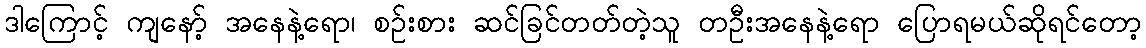
ဒါကြောင့် ကျနော့် အနေနဲ့ရော၊ စဉ်းစား ဆင်ခြင်တတ်တဲ့သူ တဦးအနေနဲ့ရော ပြောရမယ်ဆိုရင်တော့